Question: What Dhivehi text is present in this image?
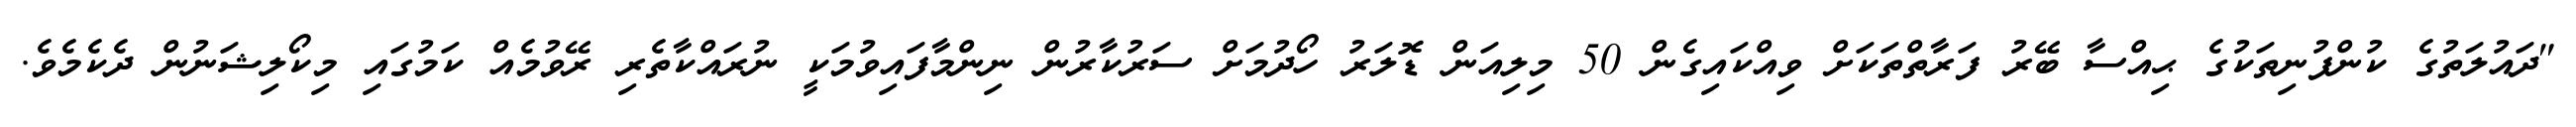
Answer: "ދައުލަތުގެ ކުންފުނިތަކުގެ ޙިއްސާ ބޭރު ފަރާތްތަކަށް ވިއްކައިގެން 50 މިލިއަން ޑޮލަރު ހޯދުމަށް ސަރުކާރުން ނިންމާފައިވުމަކީ ނުރައްކާތެރި ރޭވުމެއް ކަމުގައި މިކޯލިޝަނުން ދެކެމެވެ.